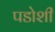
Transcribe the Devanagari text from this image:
पडोशी